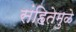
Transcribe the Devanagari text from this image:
संहितेमुळे